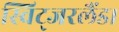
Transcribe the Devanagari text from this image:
स्विट्जरलैंड।